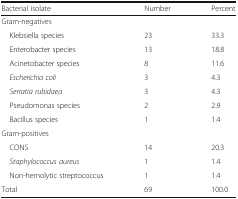
<table><thead><tr><td><b>Bacterial isolate</b></td><td><b>Number</b></td><td><b>Percent</b></td></tr></thead><tbody><tr><td colspan="3">Gram-negatives</td></tr><tr><td> Klebsiella species</td><td>23</td><td>33.3</td></tr><tr><td> Enterobacter species</td><td>13</td><td>18.8</td></tr><tr><td> Acinetobacter species</td><td>8</td><td>11.6</td></tr><tr><td> <i>Escherichia coli</i></td><td>3</td><td>4.3</td></tr><tr><td> <i>Serratia rubidaea</i></td><td>3</td><td>4.3</td></tr><tr><td> Pseudomonas species</td><td>2</td><td>2.9</td></tr><tr><td> Bacillus species</td><td>1</td><td>1.4</td></tr><tr><td colspan="3">Gram-positives</td></tr><tr><td> CONS</td><td>14</td><td>20.3</td></tr><tr><td> <i>Staphylococcus aureus</i></td><td>1</td><td>1.4</td></tr><tr><td> Non-hemolytic streptococcus</td><td>1</td><td>1.4</td></tr><tr><td>Total</td><td>69</td><td>100.0</td></tr></tbody></table>